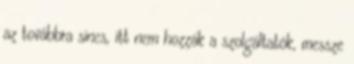
az továbbra sincs, itt nem hozzák a szolgáltatók, messze